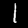
Label: 1